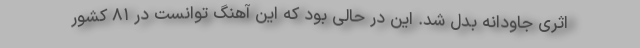
اثری جاودانه بدل شد. این در حالی بود که این آهنگ توانست در ۸۱ کشور